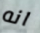
انه